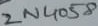
Text: 2N4058